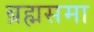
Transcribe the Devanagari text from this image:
ब्रह्मसमा